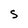
Character: S